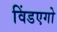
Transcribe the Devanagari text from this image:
विंडएगो